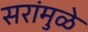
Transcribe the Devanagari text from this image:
सरांमुळे